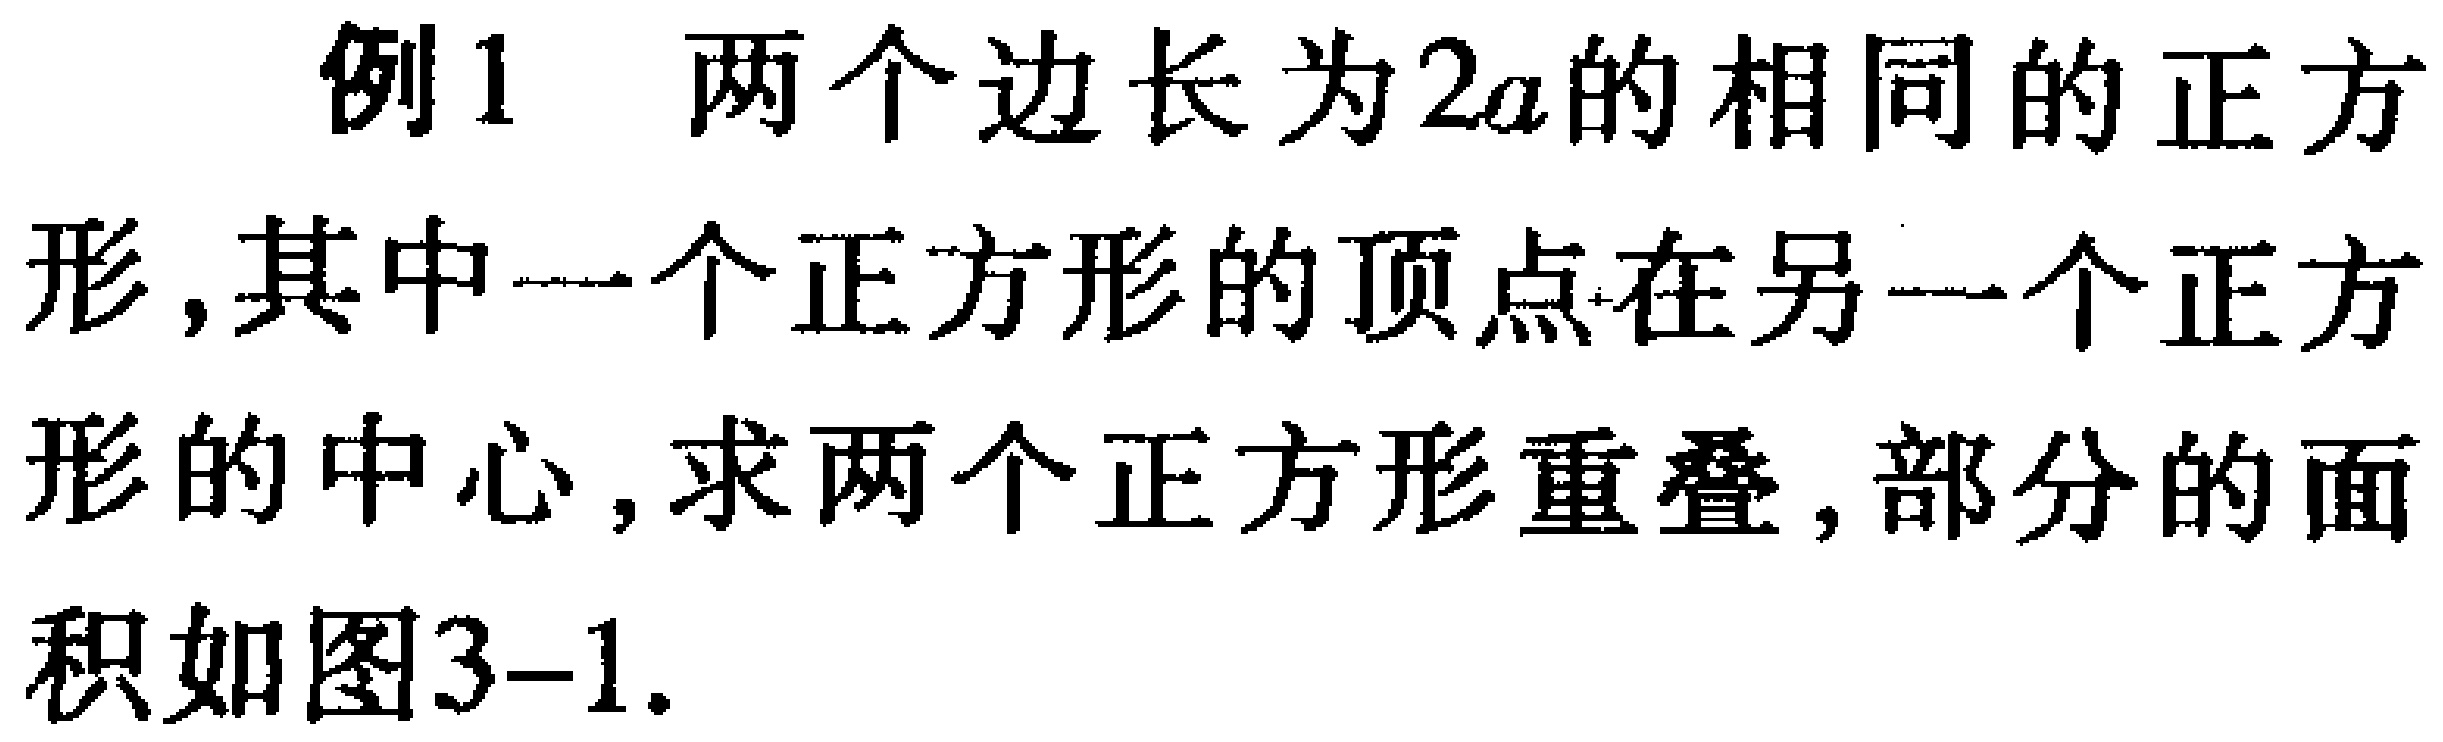
例1 两个边长为\(2a\)的相同的正方形，其中一个正方形的顶点在另一个正方形的中心，求两个正方形重叠，部分的面积如图3-1.